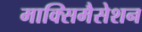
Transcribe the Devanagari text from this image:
माक्सिमैसेशन